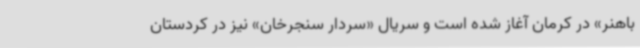
باهنر» در کرمان آغاز شده است و سریال «سردار سنجرخان» نیز در کردستان